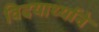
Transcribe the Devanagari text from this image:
विदयार्थ्‍याने